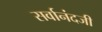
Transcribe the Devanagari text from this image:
सर्वानंदजी